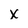
Character: x